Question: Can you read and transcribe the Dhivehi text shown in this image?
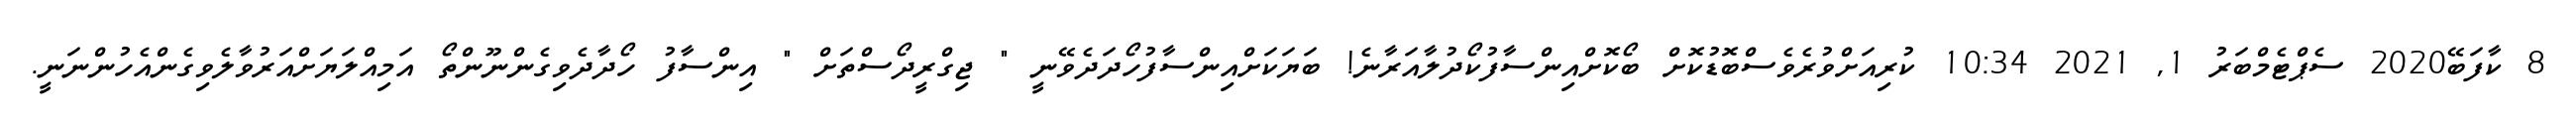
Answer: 8 ކާފަބޭ2020 ސެޕްޓެމްބަރު 1, 2021 10:34 ކުރިއަށްވުރެވެސްބޮޑުކޮށް ބޯކޮށްއިންސާފުކޯދުލާއަރާނެ! ބަޔަކަށްއިންސާފުހޯދަދެވޭނީ " ޖިގްރީދޯސްތަށް " އިންސާފު ހޯދާދެވިގެންނޫންތޯ އަމިއްލަޔަށްއަރުވާލެވިގެންއެހުންނަނީ.